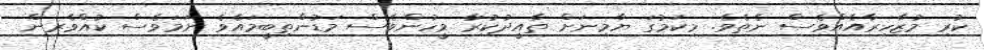
ކުރި މުޒާހިރާއެއްވެސް ނެތެވެ. މިކަމުގަ ޔާމިނަށް ތާއީދުކުރާ މީހުންވެސް މަޑުންތިބީމައެވެ ނަމަވެސް ކުއްވެރިން